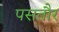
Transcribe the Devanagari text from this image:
पसतौर